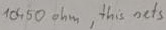
Text: 10450Ω, this nets